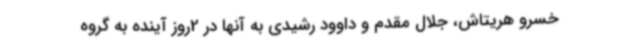
خسرو هریتاش، جلال مقدم و داوود رشیدی به آنها در 2روز آینده به گروه